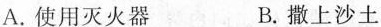
A.使用灭火器 B.撒上沙土